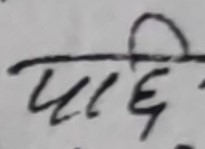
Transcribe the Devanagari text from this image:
पछि